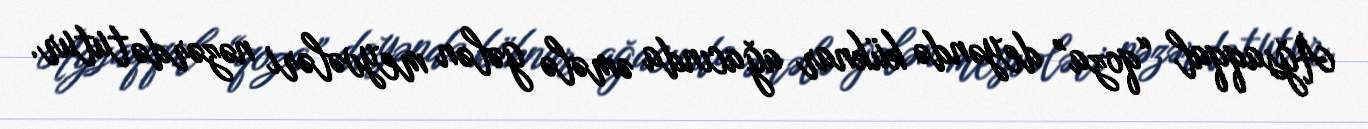
Ağsaqqal “qoza” deyəndə küknar ağacında əmələ gələn meyvələri nəzərdə tutur.